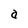
Character: a